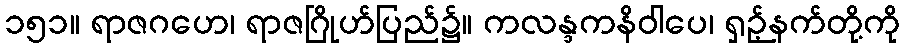
၁၅၁။ ရာဇဂဟေ၊ ရာဇဂြိုဟ်ပြည်၌။ ကလန္ဒကနိဝါပေ၊ ရှဉ့်နက်တို့ကို